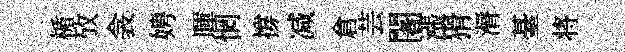
楯攷衾娉暉惘撐减倉芸闍漲猾漘䑓将